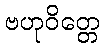
ဗဟုဝိတ္တေ